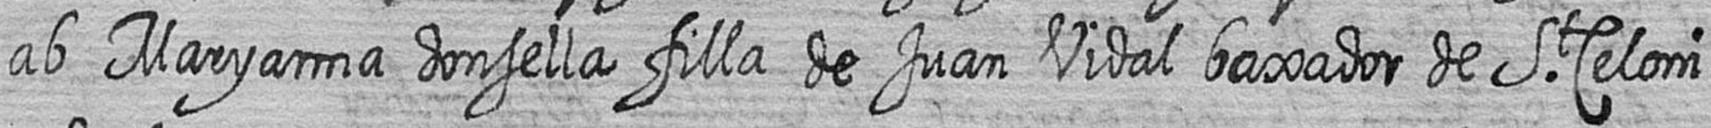
ab Maryanna donsella filla de Juan Vidal baxador de St Celoni